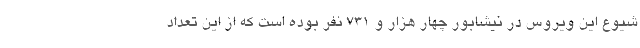
شیوع این ویروس در نیشابور چهار هزار و ۷۳۱ نفر بوده است که از این تعداد